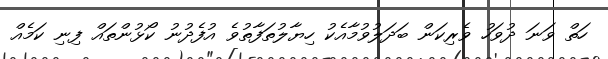
ހަތް ވަނަ ދުވަހު ވެރިކަން ބަދަލުވުމާއެކު ހިޔާލުތަފާތުވެ އުފެދުނު ކޯޅުންތައް ފިނި ކަމެއް